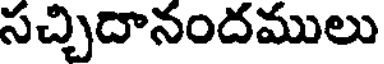
సచ్చిదానందములు